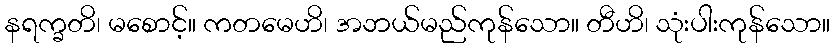
နရက္ခတိ၊ မစောင့်။ ကတမေဟိ၊ အဘယ်မည်ကုန်သော။ တီဟိ၊ သုံးပါးကုန်သော။